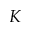
K